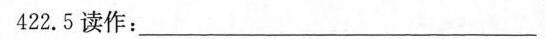
422.5读作：____________